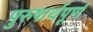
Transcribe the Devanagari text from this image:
पुरुषार्थपूर्ण